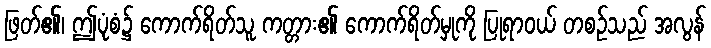
ဖြတ်၏၊ ဤပုံစံ၌ ကောက်ရိတ်သူ ကတ္တား၏ ကောက်ရိတ်မှုကို ပြုရာဝယ် တစဉ်သည် အလွန်